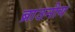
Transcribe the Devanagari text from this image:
ब्राउनीय